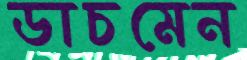
ডাচমেন